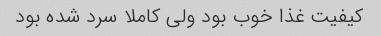
کیفیت غذا خوب بود ولی کاملا سرد شده بود